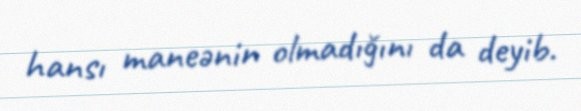
hansı maneənin olmadığını da deyib.